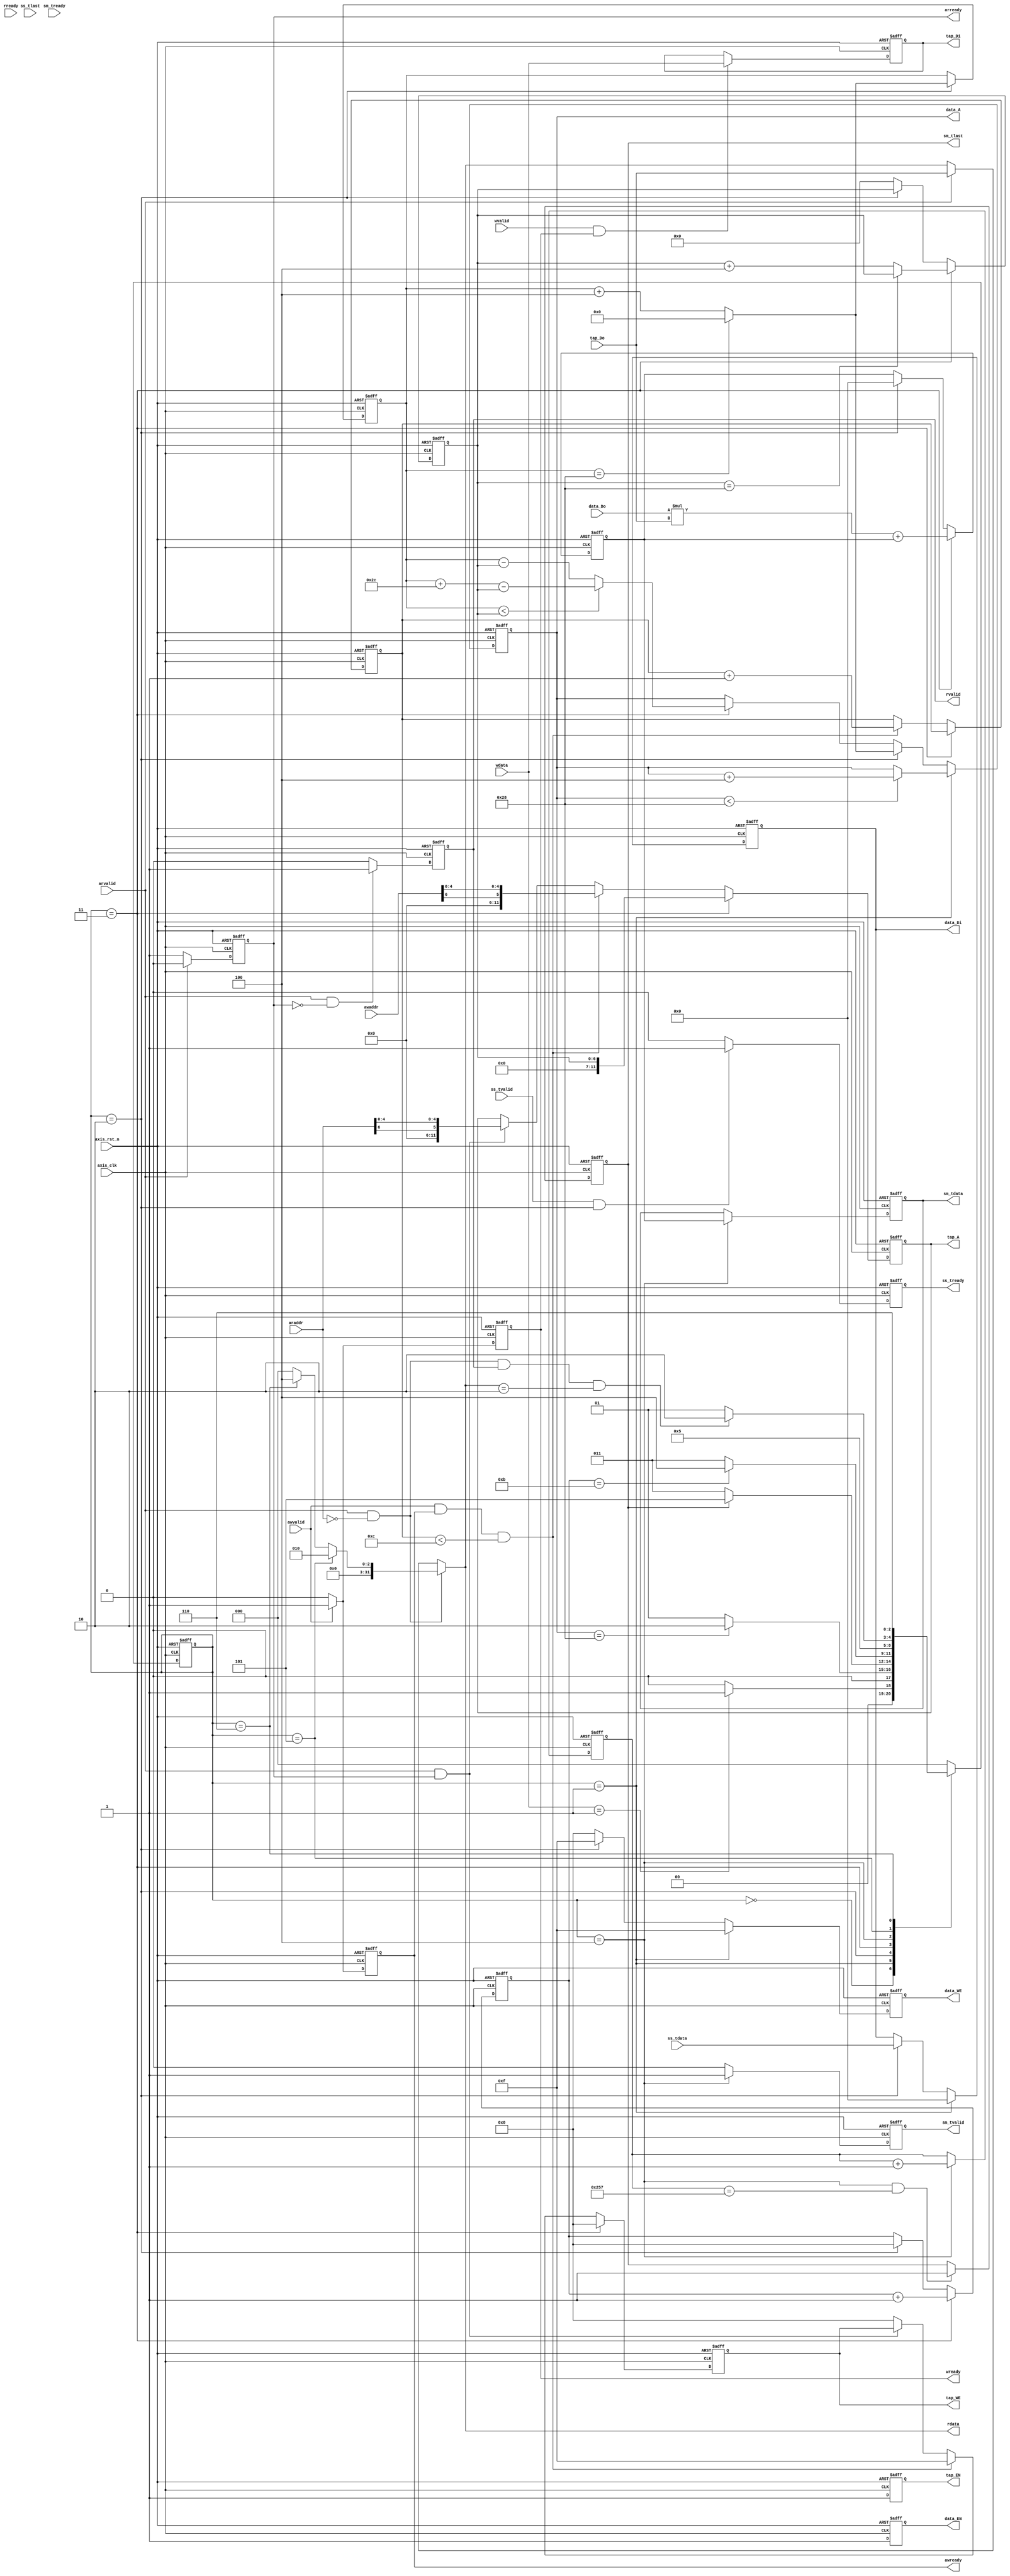
`timescale 1ns / 1ps
//////////////////////////////////////////////////////////////////////////////////
// Company: 
// Engineer: 
// 
// Design Name: 
// Module Name: fir
// Project Name: 
// Target Devices: 
// Tool Versions: 
// Description: 
// 
// Dependencies: 
// 
// Revision:
// Revision 0.01 - File Created
// Additional Comments:
// 
//////////////////////////////////////////////////////////////////////////////////


module fir 
#(  parameter pADDR_WIDTH = 12,
    parameter pDATA_WIDTH = 32,
    parameter Tape_Num    = 11
)
(
    output  reg                     awready,
    output  reg                     wready,
    input   wire                     awvalid,
    input   wire [(pADDR_WIDTH-1):0] awaddr,
    input   wire                     wvalid,
    input   wire [(pDATA_WIDTH-1):0] wdata,
    output  reg                     arready,
    input   wire                     rready,
    input   wire                     arvalid,
    input   wire [(pADDR_WIDTH-1):0] araddr,
    output  reg                     rvalid,
    output  wire [(pDATA_WIDTH-1):0] rdata,    
    input   wire                     ss_tvalid, 
    input   wire [(pDATA_WIDTH-1):0] ss_tdata, 
    input   wire                     ss_tlast, 
    output  reg                     ss_tready, 
    input   wire                     sm_tready, 
    output  reg                     sm_tvalid, 
    output  reg [(pDATA_WIDTH-1):0] sm_tdata, 
    output  reg                     sm_tlast, 
    
    // bram for tap RAM
    output  reg [3:0]               tap_WE,
    output  reg                     tap_EN,
    output  reg [(pDATA_WIDTH-1):0] tap_Di,
    output  reg [(pADDR_WIDTH-1):0] tap_A,
    input   wire [(pDATA_WIDTH-1):0] tap_Do,

    // bram for data RAM
    output  reg [3:0]               data_WE,
    output  reg                     data_EN,
    output  reg [(pDATA_WIDTH-1):0] data_Di,
    output  reg [(pADDR_WIDTH-1):0] data_A,
    input   wire [(pDATA_WIDTH-1):0] data_Do,

    input   wire                     axis_clk,
    input   wire                     axis_rst_n
);


    // write your code here!
//state
parameter idle          =   3'b000;
parameter rst_dataram   =   3'b001;
parameter rd_ss         =   3'b010;
parameter ConV          =   3'b011;
parameter wr_sm         =   3'b100;
parameter ap_done       =   3'b101;
parameter ap_idle       =   3'b110;     

reg [6:0]cnt;
reg [3:0]tap_cnt;
reg [2:0]cur_state;
reg [31:0]p_cnt;
reg [31:0]temp;
reg [3:0]conv_cnt;

always@(posedge axis_clk,negedge axis_rst_n)begin
  if(!axis_rst_n)begin
    cur_state<=0;
  end
  else begin
    case(cur_state)  
      idle:begin
        if(wdata==32'h0000_0001)cur_state<=rst_dataram;
        else    cur_state<=idle;
      end
      rst_dataram:begin
        if(data_A==40)cur_state<=rd_ss;
        else cur_state<=rst_dataram;
      end
      rd_ss:begin
        if(sm_tlast) cur_state<=ap_done;
        else cur_state<=ConV;
      end  
      ConV:begin
        if(conv_cnt==11)cur_state<=wr_sm;
        else cur_state<=ConV;  
      end  
      wr_sm:
        cur_state<=rd_ss;       
      ap_done:begin
        if(arvalid&araddr==12'h00&rvalid&rdata==32'h02) cur_state<=ap_idle;
        else cur_state<=ap_done;
      end
      ap_idle:
        cur_state<=ap_idle;
      default:
          cur_state<=idle;
    endcase    
  end
end

//=======================================================
//aw&w
always@(posedge axis_clk,negedge axis_rst_n)begin
  if(~axis_rst_n)begin
    awready<=0;
    wready<=0;
  end
  else begin
    if(awvalid)begin
      awready<=1;
      wready<=1;
    end
    else begin
      awready<=0;
      wready<=0;
    end  
  end
end
//=======================================================
//ar&r
always@(posedge axis_clk,negedge axis_rst_n)begin
  if(!axis_rst_n)begin
    arready<=1;
  end
  else begin
    if(arvalid)
      arready<=0;
    else
      arready<=1;
  end
end

always@(posedge axis_clk,negedge axis_rst_n)begin
  if(!axis_rst_n)
    rvalid<=0;
  else begin
    if((arvalid)&(!arready))
      rvalid<=1;
    else 
      rvalid<=0;         
  end
end

assign rdata = (arvalid&araddr==12'd0) ? 
               ((cur_state==ap_done) ? 32'h2 : (cur_state==ap_idle ? 32'h04:32'h00))
               :((arvalid) ? tap_Do : rdata);
//=======================================================
//coef write to tap_ram  
always@(posedge axis_clk,negedge axis_rst_n)begin
  if(!axis_rst_n)begin
    tap_WE<=0;
    tap_EN<=0;
    tap_Di<=0;
    tap_A<=0;
    tap_cnt<=0;
  end
  else begin
    if(cur_state==ConV)begin
      tap_WE<=4'b0000;
      tap_EN<=1;
      tap_A<=cnt;    
    end
    else if(awvalid&awready&tap_cnt<12)begin
      tap_WE<=4'b1111;
      tap_EN<=1;
      tap_A<={5'd0,awaddr[6],awaddr[4:0]};
      tap_cnt<=tap_cnt+1;    
    end
    else if(arvalid&arready)begin
      tap_EN<=1;
      tap_A<={5'd0,araddr[6],araddr[4:0]};    
    end
    else begin
      tap_WE<=4'b0000;
      tap_EN<=1;
      tap_A<=tap_A;          
    end
    
    if(wvalid&wready)
        tap_Di<=wdata;
    else
        tap_Di<=tap_Di;
  end
end
//=======================================================
//ss
always@(posedge axis_clk,negedge axis_rst_n)begin
  if(!axis_rst_n)begin
    ss_tready<=0;
 
  end
  else begin
    if(ss_tvalid&cur_state==rd_ss)begin
      ss_tready<=1;
   
    end  
    else begin 
      ss_tready<=0;         
      
    end
  end
end
//=======================================================
//sm
always@(posedge axis_clk,negedge axis_rst_n)begin
  if(!axis_rst_n)
    sm_tvalid<=0;
  else begin
    if(cur_state==wr_sm)
      sm_tvalid<=1;
    else
      sm_tvalid<=0;         
  end
end

always@(posedge axis_clk,negedge axis_rst_n)begin
  if(!axis_rst_n)begin
    cnt<=0;
    temp<=0;
    conv_cnt<=0;
  end  
  else begin
    if(cur_state==ConV)begin
      temp<=data_Do*tap_Do+temp;
      conv_cnt<=conv_cnt+1;
      if(cnt==40)
        cnt<=cnt;
      else  
        cnt<=cnt+4;
    end  
    else if(cur_state==rd_ss)begin
      temp<=0;
      conv_cnt<=0;
    end
    else begin
      cnt<=0;
      temp=temp;  
      conv_cnt<=conv_cnt;       
    end
  end
end

//assign sm_tdata=temp;
always@(posedge axis_clk,negedge axis_rst_n)begin
  if(!axis_rst_n)begin
    sm_tdata<=0;
  end  
  else begin
    if(cur_state==wr_sm)begin
      sm_tdata<=temp;
    end  
    else begin
      sm_tdata<=sm_tdata;         
    end
  end
end

always@(posedge axis_clk,negedge axis_rst_n)begin
  if(!axis_rst_n)
    sm_tlast<=0;
  else begin
    if(cur_state==wr_sm&p_cnt==599)
      sm_tlast<=1;
    else
      sm_tlast<=sm_tlast;         
  end
end

always@(posedge axis_clk,negedge axis_rst_n)begin
  if(!axis_rst_n)
    p_cnt<=0;
  else begin
    if(cur_state==wr_sm)
      p_cnt<=p_cnt+1;
    else
      p_cnt<=p_cnt;        
  end
end
//=======================================================
//data_ram write
reg [11:0]head_cnt;

always@(posedge axis_clk,negedge axis_rst_n)begin
  if(!axis_rst_n)
    head_cnt<=12'hffc;
  else begin
    if(cur_state==rd_ss)
      if(head_cnt==12'd40)
        head_cnt<=0;   
      else
        head_cnt<=head_cnt+4;  
    else 
      head_cnt<=head_cnt;         
  end
end

always@(posedge axis_clk,negedge axis_rst_n)begin
  if(!axis_rst_n)begin
    data_WE<=0;
    data_EN<=0;
    data_Di<=0;
    data_A<=0;
  end
  else begin
    if(cur_state==rst_dataram)begin
      data_WE<=4'b1111;
      data_EN<=1;
      data_Di<=0;
      if(data_A<40)data_A<=data_A+4;      
      else data_A<=data_A;  
    end
    else if(cur_state==rd_ss)begin
      data_WE<=4'b1111;
      data_EN<=1;
      data_Di<=ss_tdata;
      if(head_cnt==40)
        data_A<=0;
      else
      data_A<=head_cnt+4; 
    end
    else if(cur_state==ConV)begin
      data_WE<=4'b0000;
      data_EN<=1;
      if(head_cnt<cnt)
        data_A<=head_cnt+44-cnt;
      else  
        data_A<=head_cnt-cnt;
    end    
    else begin
      data_WE<=4'b0000;
      data_EN<=1;
      data_Di<=data_Di;
      data_A<=data_A;       
    end
  end
end

endmodule